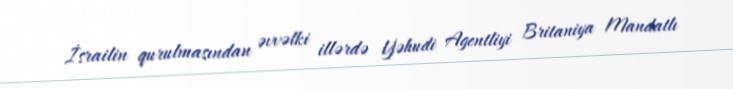
İsrailin qurulmasından əvvəlki illərdə Yəhudi Agentliyi Britaniya Mandatlı